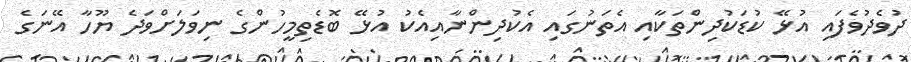
ދުވެދުވެފައި އުޅޭ ކުޑަކުދިންތަކާއި އެތަނުގައި އެކުދިންނާއިއެކު އުޅޭ ބޮޑެތިމީހުންގެ ނިވަލަށްވަދެ ޔޫހާ އޭނަގެ